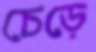
চেড়ে